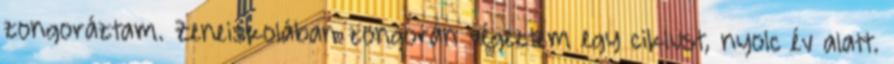
zongoráztam. Zeneiskolában zongorán végeztem egy ciklust, nyolc év alatt.